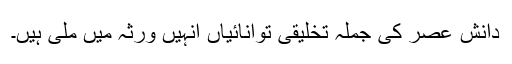
دانش عصر کی جملہ تخلیقی توانائیاں انہیں ورثہ میں ملی ہیں۔